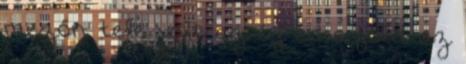
mezőn, tele volt az ég és a föld az